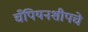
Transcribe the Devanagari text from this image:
चँपियनशीपचे